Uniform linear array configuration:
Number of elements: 32
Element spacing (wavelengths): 0.75
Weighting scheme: uniform
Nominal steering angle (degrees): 15
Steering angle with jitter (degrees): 13.122
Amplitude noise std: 0.05
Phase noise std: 0.05

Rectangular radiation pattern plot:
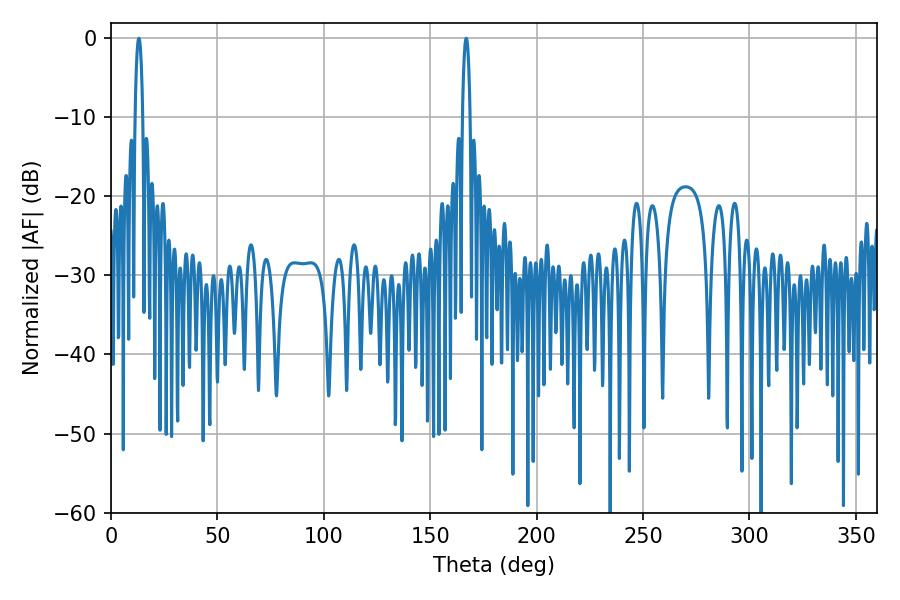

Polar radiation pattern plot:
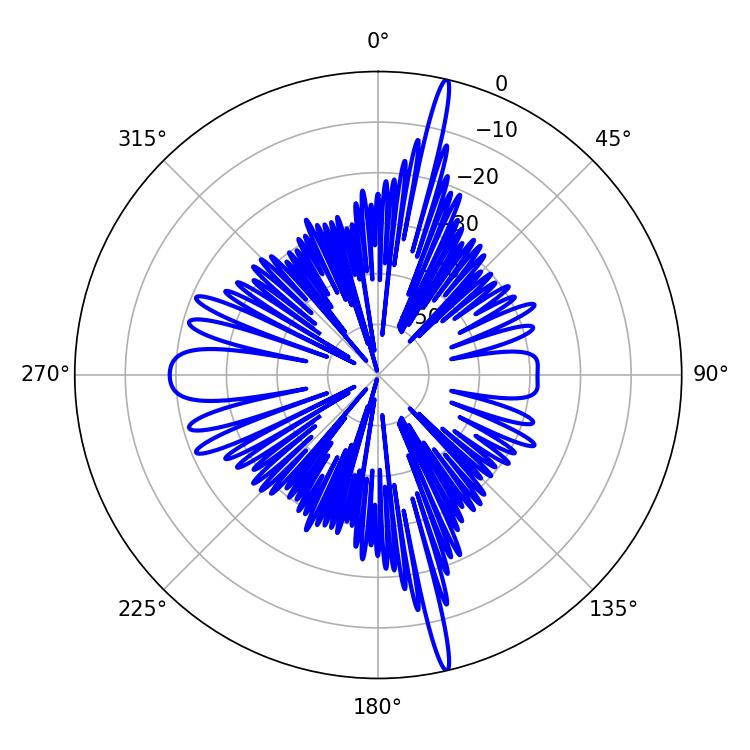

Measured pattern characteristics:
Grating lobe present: TRUE
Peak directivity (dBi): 21.344
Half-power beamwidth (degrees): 1.98
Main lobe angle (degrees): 13.14